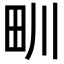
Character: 甽